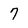
Character: 7